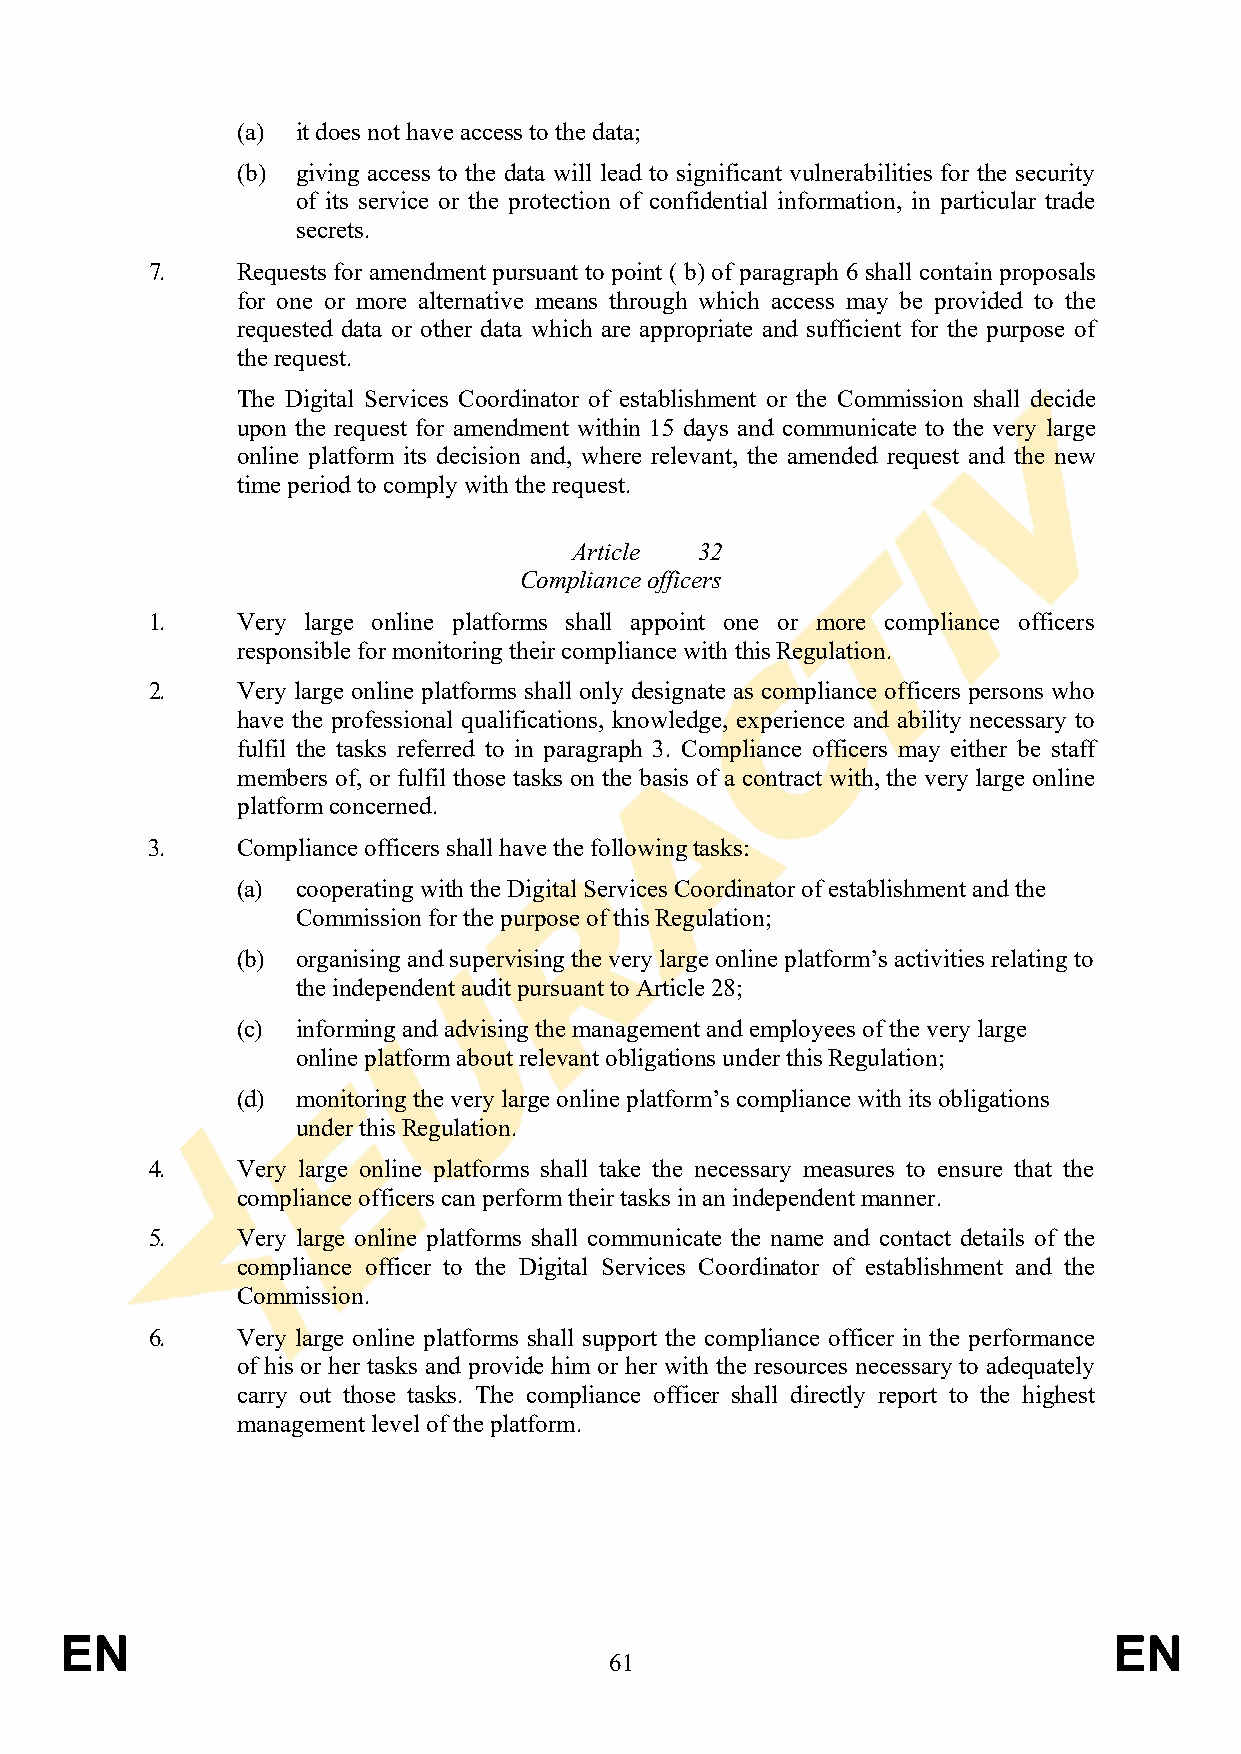
(a) it does not have access to the data;
 (b) giving access to the data will lead to significant vulnerabilities for the security
 of its service or the protection of confidential information, in particular trade
 secrets.
 7.    Requests for amendment pursuant to point ( b) of paragraph 6 shall contain proposals
 for one or more alternative means through which access may be provided to the
 requested data or other data which are appropriate and sufficient for the purpose of
 the request.
 The Digital Services Coordinator of establishment or the Commission shall decide
 upon the request for amendment within 15 days and communicate to the very large
 online platform its decision and, where relevant, the amended request and the new
 time period to comply with the request.
 Article 32
 Compliance officers
 1.    Very large online platforms shall appoint one or more compliance officers
 responsible for monitoring their compliance with this Regulation.
 2.    Very large online platforms shall only designate as compliance officers persons who
 have the professional qualifications, knowledge, experience and ability necessary to
 fulfil the tasks referred to in paragraph 3. Compliance officers may either be staff
 members of, or fulfil those tasks on the basis of a contract with, the very large online
 platform concerned.
 3.    Compliance officers shall have the following tasks:
 (a) cooperating with the Digital Services Coordinator of establishment and the
 Commission for the purpose of this Regulation;
 (b) organising and supervising the very large online platform’s activities relating to
 the independent audit pursuant to Article 28;
 (c) informing and advising the management and employees of the very large
 online platform about relevant obligations under this Regulation;
 (d) monitoring the very large online platform’s compliance with its obligations
 under this Regulation.
 4.    Very large online platforms shall take the necessary measures to ensure that the
 compliance officers can perform their tasks in an independent manner.
 5.    Very large online platforms shall communicate the name and contact details of the
 compliance officer to the Digital Services Coordinator of establishment and the
 Commission.
 6.    Very large online platforms shall support the compliance officer in the performance
 of his or her tasks and provide him or her with the resources necessary to adequately
 carry out those tasks. The compliance officer shall directly report to the highest
 management level of the platform.
 EN                                                                    EN
 61